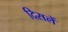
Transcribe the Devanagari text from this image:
दिसलें